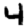
Digit: 4